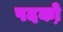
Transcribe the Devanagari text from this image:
पदको़